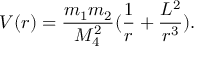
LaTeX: V ( r ) = \frac { m _ { 1 } m _ { 2 } } { M _ { 4 } ^ { 2 } } ( \frac { 1 } { r } + \frac { L ^ { 2 } } { r ^ { 3 } } ) .